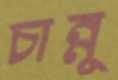
চান্নু